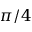
\pi / 4